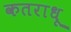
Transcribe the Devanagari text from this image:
कतराधू